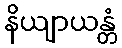
နိယျာယန္တံ